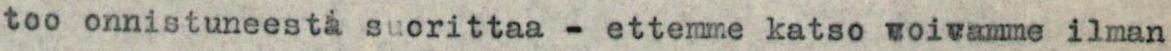
too onnistuneesta suorittaa - ettemme katso voivamme ilman